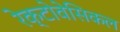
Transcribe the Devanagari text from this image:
रेक्टोवेसिकल